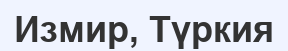
Измир, Түркия